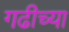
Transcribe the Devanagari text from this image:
गढीच्या